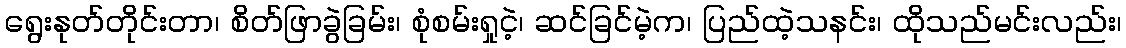
ရွေးနုတ်တိုင်းတာ၊ စိတ်ဖြာခွဲခြမ်း၊ စုံစမ်းရှုငဲ့၊ ဆင်ခြင်မဲ့က၊ ပြည်ထဲ့သနင်း၊ ထိုသည်မင်းလည်း၊